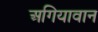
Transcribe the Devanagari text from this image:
अगियावान